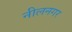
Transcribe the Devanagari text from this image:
नीलनगर